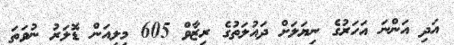
އަދި އަންނަ އަހަރުގެ ނިޔަލަށް ދައުލަތުގެ ރިޒާވް 605 މިލިއަން ޑޮލަރު ނުވަތަ